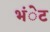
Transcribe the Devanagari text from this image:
भंेट